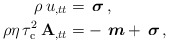
\begin{align*}\rho\,u_{,tt}&=\, \boldsymbol{\sigma} \, ,\\\rho\eta\, \tau_{\rm c}^2\,\mathbf{A}_{,tt}&=- \, \,\boldsymbol{m} + \,\boldsymbol{\sigma}\,,\end{align*}